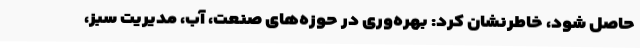
حاصل شود، خاطرنشان کرد: بهره‌وری در حوزه‌های صنعت، آب، مدیریت سبز،